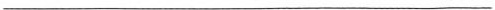
___